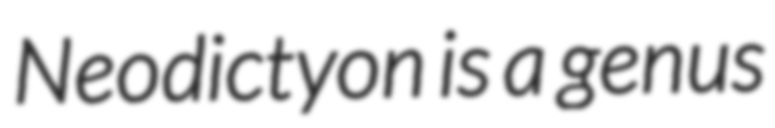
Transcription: Neodictyon is a genus